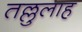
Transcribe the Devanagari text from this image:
तल्लुलाह